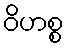
ဝိဟစ္စ